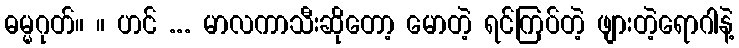
ဓမ္မဂုတ်။ ။ ဟင် ... မာလကာသီးဆိုတော့ မောတဲ့ ရင်ကြပ်တဲ့ ဖျားတဲ့ရောဂါနဲ့